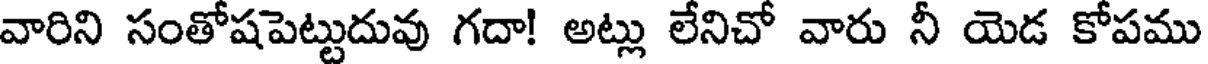
వారిని సంతోషపెట్టుదువు గదా! అట్లు లేనిచో వారు నీ యెడ కోపము